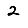
Digit: 2